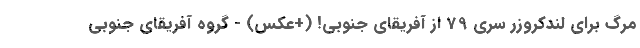
مرگ برای لندکروزر سری 79 از آفریقای جنوبی! (+عکس) - گروه آفریقای جنوبی